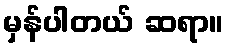
မှန်ပါတယ် ဆရာ။